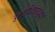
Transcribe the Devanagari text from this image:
उच्चाधिकारयुक्त